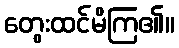
တွေးထင်မိကြ၏။